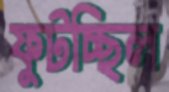
ফুটচ্ছিল